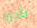
نادرة